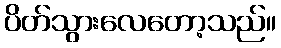
ပိတ်သွားလေတော့သည်။